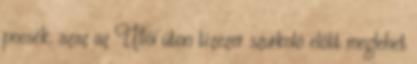
pocsék, azaz az Üllői úton tízezer szurkoló előtt meglehet